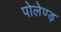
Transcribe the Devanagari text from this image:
पोलेण्ड़